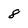
Character: 8